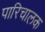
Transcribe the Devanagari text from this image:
पारिचालक